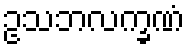
ဥသဘလက္ခဏံ